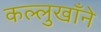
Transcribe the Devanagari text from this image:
कल्लुखाँने